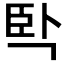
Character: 𰯮